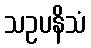
သဥပနိသံ